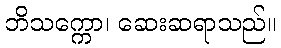
ဘိသက္ကော၊ ဆေးဆရာသည်။